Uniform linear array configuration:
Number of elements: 16
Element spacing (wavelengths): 1
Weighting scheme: kaiser
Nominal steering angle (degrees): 0
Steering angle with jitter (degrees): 0.4313
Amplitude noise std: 0.05
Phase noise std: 0.05

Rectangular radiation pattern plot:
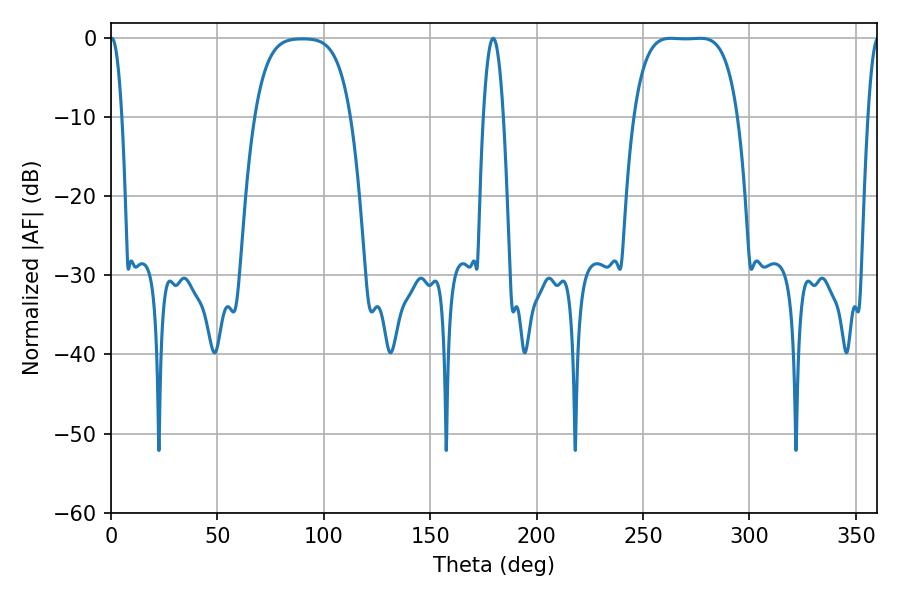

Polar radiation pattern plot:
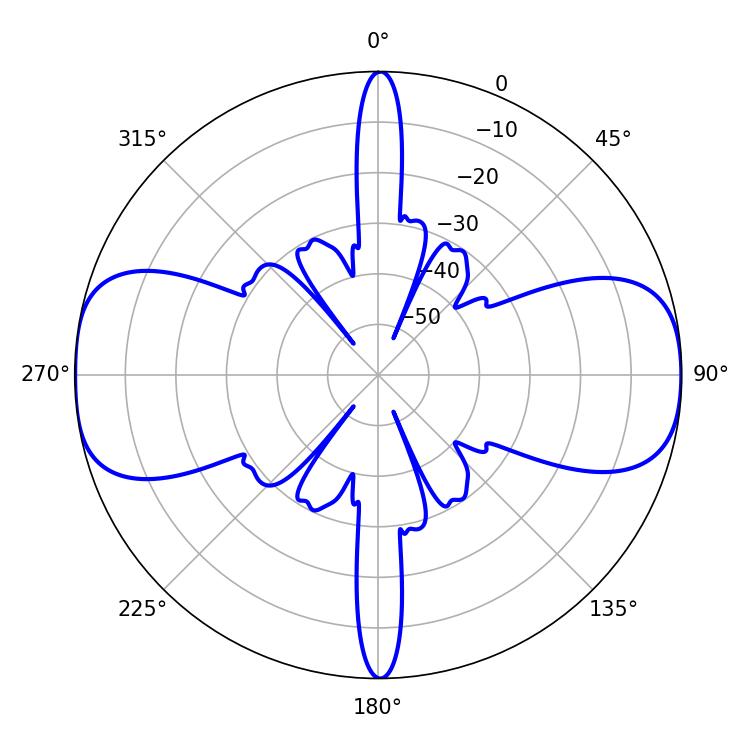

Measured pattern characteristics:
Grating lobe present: TRUE
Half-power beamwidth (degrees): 37.44
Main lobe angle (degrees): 263.16